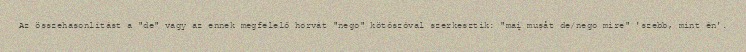
Az összehasonlítást a "de" vagy az ennek megfelelő horvát "nego" kötőszóval szerkesztik: "mai̯ mușåt de/nego mire" 'szebb, mint én'.